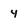
Character: 4